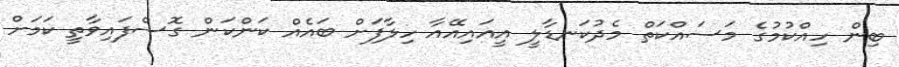
ބިން ހިއްކުމުގެ މަސައްކަތް މެދުކަނޑާލީ އީއައިއޭއާ ހިލާފަށް ބައެއް ކަންކަން ގޮސްފައިވާތީ ކަމަށް